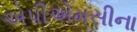
એપીએમસીના